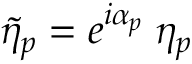
\tilde { \eta } _ { p } = e ^ { i \alpha _ { p } } \: \eta _ { p }